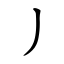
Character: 丿